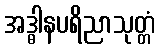
အဒ္ဓါနပရိညာသုတ္တံ